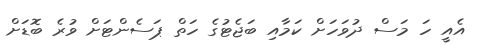
އެއީ ހަ މަސް ދުވަހަށް ކަމާއި ބަޖެޓުގެ ހަތް ޕަސެންޓަށް ވުރެ ބޮޑަށް